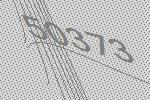
50373